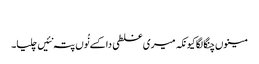
‏
مینوں چنگا لگا کیونکہ میری غلطی دا کسے نُوں پتہ نئیں چلیا۔